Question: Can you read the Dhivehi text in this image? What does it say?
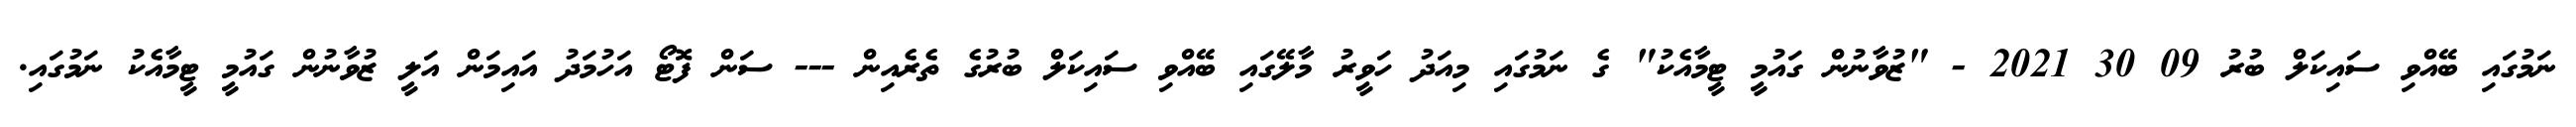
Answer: ނަމުގައި ބޭއްވި ސައިކަލް ބުރު 09 30 2021 - "ޒުވާނުން ގައުމީ ޓީމާއެކު" ގެ ނަމުގައި މިއަދު ހަވީރު މާލޭގައި ބޭއްވި ސައިކަލް ބުރުގެ ތެރެއިން --- ސަން ފޮޓޯ އަހުމަދު އައިމަން އަލީ ޒުވާނުން ގައުމީ ޓީމާއެކު ނަމުގައި.